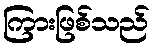
ကြားဖြစ်သည်